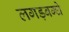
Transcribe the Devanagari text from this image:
लगड़बग्घे